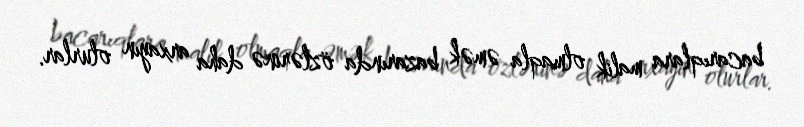
bacarıqlara malik olmaqla əmək bazarında özlərinə daha arxayın olurlar.